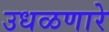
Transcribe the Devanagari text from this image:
उधळणारे